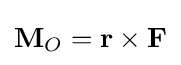
{\textbf {M}}_{O}={\textbf {r}}\times {\textbf {F}}